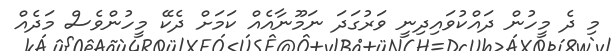
މި ދެ މީހުން ދައްކުވައިދިނީ ވަރުގަދަ ނަމޫނާއެއް ކަމަށް ދެކޭ މީހުންވެސް މަދެއް